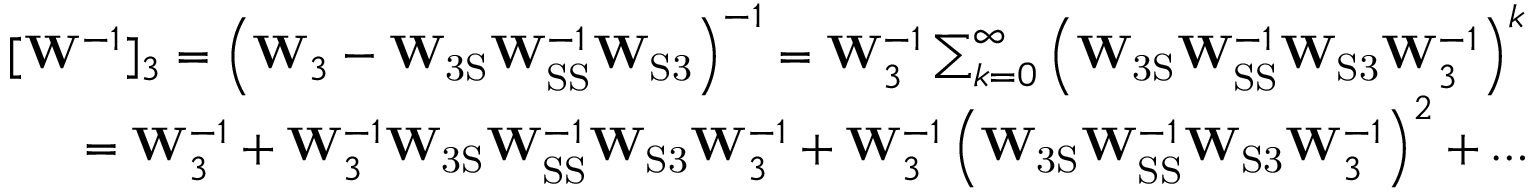
\begin{array} { r } { [ \mathbf { W } ^ { - 1 } ] _ { 3 } = \left( \mathbf { W } _ { 3 } - \mathbf { W } _ { \mathrm { 3 S } } \mathbf { W } _ { \mathrm { S S } } ^ { - 1 } \mathbf { W } _ { \mathrm { S 3 } } \right) ^ { - 1 } = \mathbf { W } _ { 3 } ^ { - 1 } \sum _ { k = 0 } ^ { \infty } \left( \mathbf { W } _ { \mathrm { 3 S } } \mathbf { W } _ { \mathrm { S S } } ^ { - 1 } \mathbf { W } _ { \mathrm { S 3 } } \mathbf { W } _ { 3 } ^ { - 1 } \right) ^ { k } } \\ { = \mathbf { W } _ { 3 } ^ { - 1 } + \mathbf { W } _ { 3 } ^ { - 1 } \mathbf { W } _ { \mathrm { 3 S } } \mathbf { W } _ { \mathrm { S S } } ^ { - 1 } \mathbf { W } _ { \mathrm { S 3 } } \mathbf { W } _ { 3 } ^ { - 1 } + \mathbf { W } _ { 3 } ^ { - 1 } \left( \mathbf { W } _ { \mathrm { 3 S } } \mathbf { W } _ { \mathrm { S S } } ^ { - 1 } \mathbf { W } _ { \mathrm { S 3 } } \mathbf { W } _ { 3 } ^ { - 1 } \right) ^ { 2 } + \dots } \end{array}